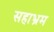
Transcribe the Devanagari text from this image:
सहाभ्रम